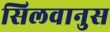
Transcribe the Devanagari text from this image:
सिलवानुस